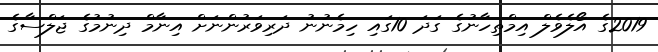
2019ގެ އޯލެވެލް އިމްތިހާނުގެ ގަދަ 10ގައި ހިމެނުނު ދަރިވަރުންނަށް އިނާމް ދިނުމުގެ ޖަލްސާގެ